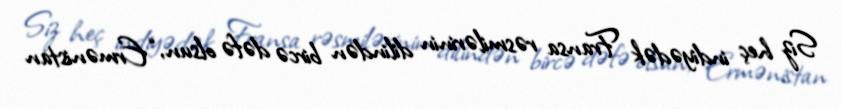
Siz heç indiyədək Fransa rəsmilərinin dilindən bircə dəfə olsun, “Ermənistan